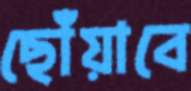
ছোঁয়াবে